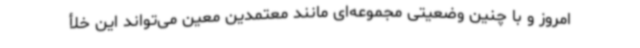
امروز و با چنین وضعیتی مجموعه‌ای مانند معتمدین معین می‌تواند این خلأ